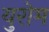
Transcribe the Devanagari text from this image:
युरोम